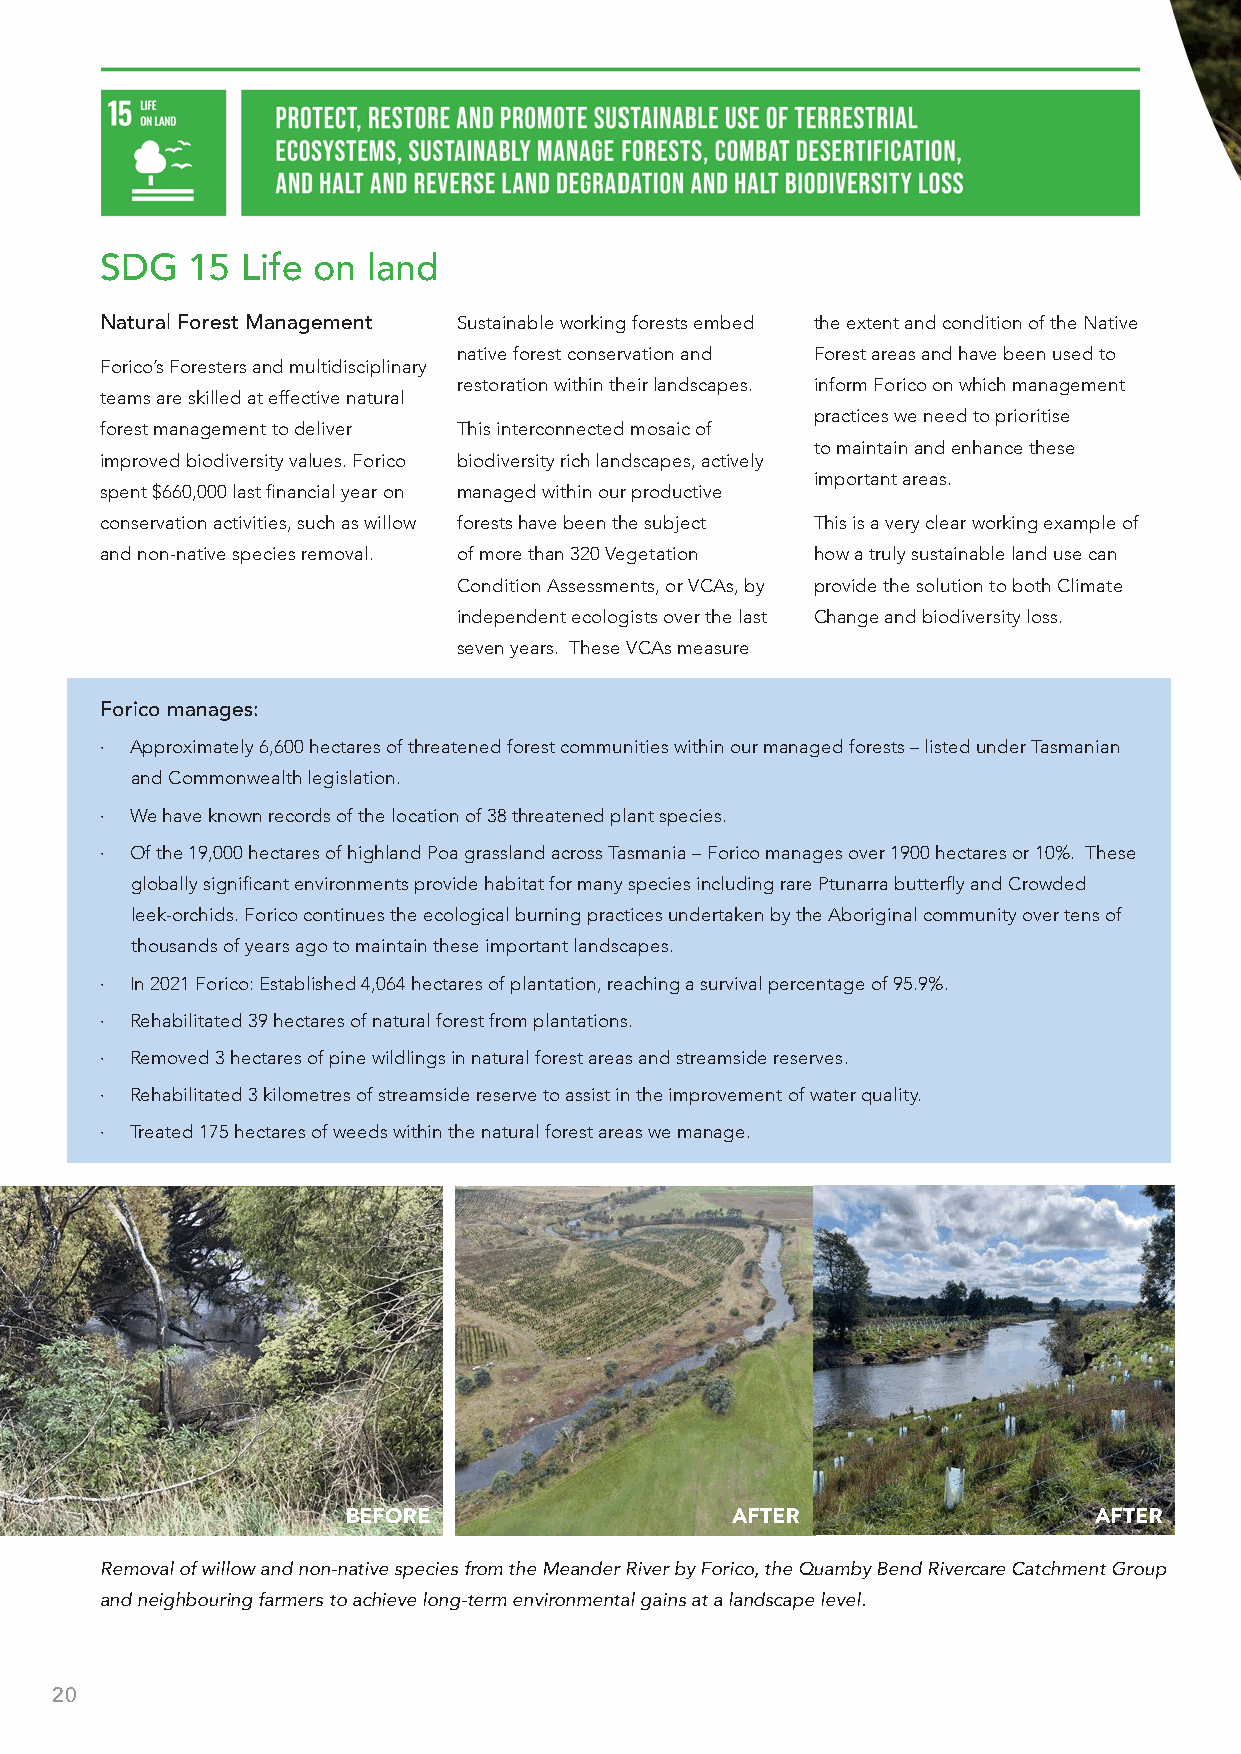
SDG  15  Life on land
 Natural Forest Management Sustainable working forests embed the extent and condition of the Native
 native forest conservation and Forest areas and have been used to
 Forico’s Foresters and multidisciplinary
 restoration within their landscapes. inform Forico on which management
 teams are skilled at effective natural
 practices we need to prioritise
 forest management to deliver This interconnected mosaic of
 to maintain and enhance these
 improved biodiversity values. Forico biodiversity rich landscapes, actively
 important areas.
 spent $660,000 last financial year on managed within our productive
 conservation activities, such as willow forests have been the subject This is a very clear working example of
 and non-native species removal. of more than 320 Vegetation how a truly sustainable land use can
 Condition Assessments, or VCAs, by provide the solution to both Climate
 independent ecologists over the last Change and biodiversity loss.
 seven years. These VCAs measure
 Forico manages:
 · Approximately 6,600 hectares of threatened forest communities within our managed forests – listed under Tasmanian
 and Commonwealth legislation.
 · We have known records of the location of 38 threatened plant species.
 · Of the 19,000 hectares of highland Poa grassland across Tasmania – Forico manages over 1900 hectares or 10%. These
 globally significant environments provide habitat for many species including rare Ptunarra butterfly and Crowded
 leek-orchids. Forico continues the ecological burning practices undertaken by the Aboriginal community over tens of
 thousands of years ago to maintain these important landscapes.
 · In 2021 Forico: Established 4,064 hectares of plantation, reaching a survival percentage of 95.9%.
 · Rehabilitated 39 hectares of natural forest from plantations.
 · Removed 3 hectares of pine wildlings in natural forest areas and streamside reserves.
 · Rehabilitated 3 kilometres of streamside reserve to assist in the improvement of water quality.
 · Treated 175 hectares of weeds within the natural forest areas we manage.
 BEFORE                   AFTER                   AFTER
 Removal of willow and non-native species from the Meander River by Forico, the Quamby Bend Rivercare Catchment Group
 and neighbouring farmers to achieve long-term environmental gains at a landscape level.
 20